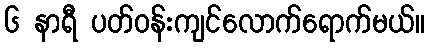
၆ နာရီ ပတ်ဝန်းကျင်လောက်ရောက်မယ်။